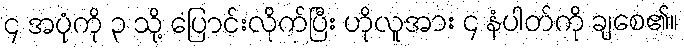
၄ အပုံကို ၃ သို့ ပြောင်းလိုက်ပြီး ဟိုလူအား ၄ နံပါတ်ကို ချစေ၏။